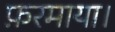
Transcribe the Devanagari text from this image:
फ़रमाया।